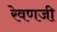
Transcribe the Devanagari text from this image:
रेवणजी